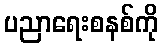
ပညာရေးစနစ်ကို